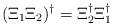
LaTeX: \begin{align*}(\Xi_1 \Xi_2)^\dagger = \Xi_2^\dagger \Xi_1^\dagger\end{align*}